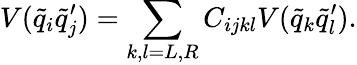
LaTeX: V(\tilde{q}_{i}\tilde{q}_{j}^{\prime})=\sum_{k,l=L,R}C_{ijkl}V(\tilde{q}_{k}\tilde{q}_{l}^{\prime}).